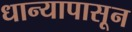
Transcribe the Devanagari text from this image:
धान्यापासून